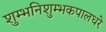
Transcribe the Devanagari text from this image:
शुम्भनिशुम्भकपालधरे